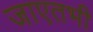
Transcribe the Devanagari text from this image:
जाएतभी